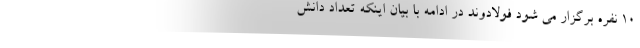
۱۰ نفره برگزار می شود فولادوند در ادامه با بیان اینکه تعداد دانش